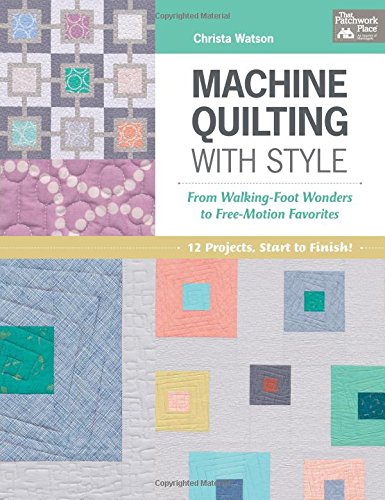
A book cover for Machine Quilting With Style: From Walking-foot Wonders to Free-motion Favorites; Christa Watson; Crafts, Hobbies & Home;